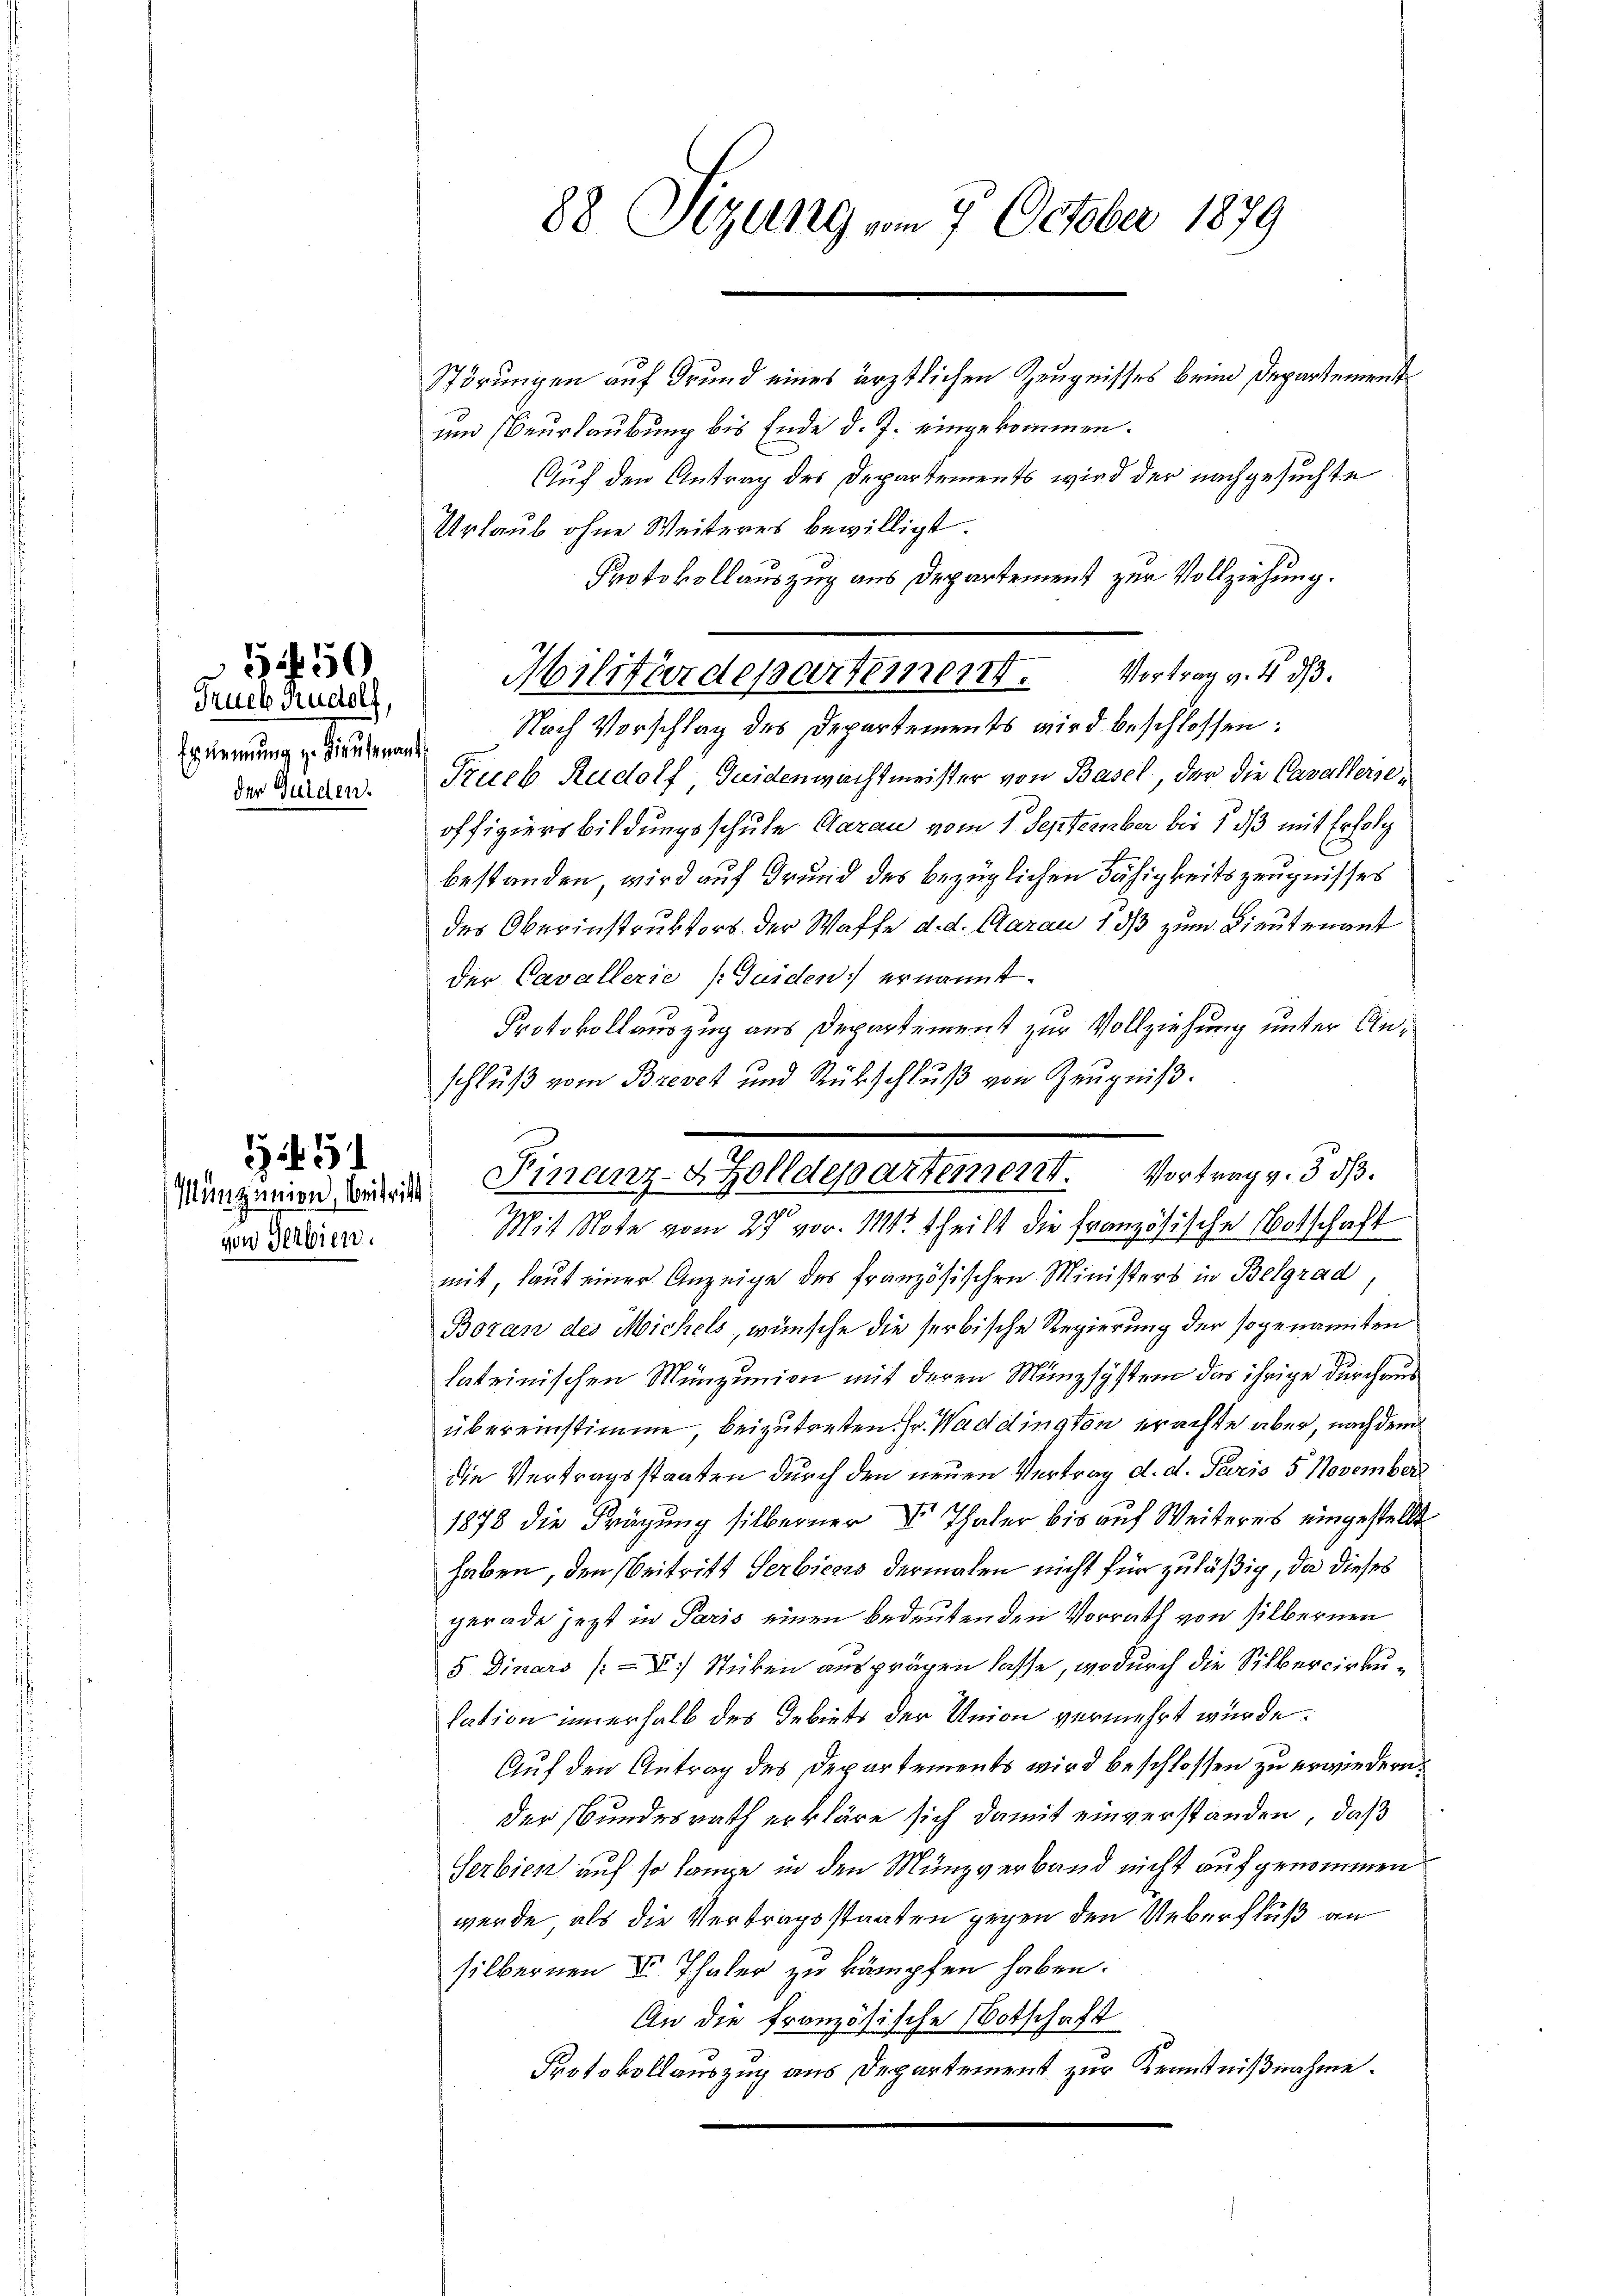
Trueb Rudolf,
Ernennung zu Lieutenant
der Gulden.

5150

von Serbien.

3451

Störungen auf Grund eines ärztlichen Zeugnisses beim Departemenst
und Beurlaubung bis Ende d. J. eingekommen.
Auf den Antrag des Departements wird der nachgesuchte
Urlaub ohne Weiteres bewilligt.
Protokollauszug aus Departement zur Vollziehung.
Nach Vorschlag des Departements wird beschlossen:
Trueb Rudolf Guidenmachtmeister von Basel, der die Cavallerseoffiziers bildungsschule Carau vom 1. September bis 1, daß mit Erfolg
bestanden, wird auf Grund des bezüglichen Fähigkeitszeugnisses
des Oberinstruktors der Waffe d. d. Aarau 13/3 zum Lieutenant
der Cavallerie (Juiden ernannt.
Protokollauszug aus Departement zur Vollziehung unter Anmit, laut einer Anzeige des französischen Ministers in Belgrad,
Boran des Michels, wünsche die serbische Regierung der sogenannten
lateinischen Münzunion mit deren Münzsystem das ihrige durchaus
übereinstimme, beizutretten. Fr. Waddington erachte aber, nach dem
die Vertragsstaaten durch den neuen Vertrag d. d. Paris 5 November
1878 die Frägung silberner Vor Thaler bis auf Weiteres eingestellt
haben, den Beitritt Serbiens dermalen nicht für zuläßig, da dieses
gerade jetzt in Paris einen bedeutenden Vorrath von silbernen
5 Dinars (II) Stücken ausprägen lasse, wodurch die Silberwirkulation innerhalb des Gebiets der Union vermehrt wurde.
Auf den Antrag des Departements wird beschlossen zu erwiedern.
der Bundesrath erkläre sich damit einverstanden, daß
Serbien auf so lange in den Münzverband nicht aufgenommen
werde, als die Vertragsstaaten gegen den Ueberfluß an
silbernen II. Thaler zu kämpfen haben.
An die französische Botschaft
Protokollauszug aus Departement zur Kenntnißnahme.

88 Sizung vom 7. October 1879

Militärdepartement. Vortrag v. 4. d.

schluß vom Brevet und Rückschluß von Zeugniß.
Mingenien die Finanz-Zolldepartement. Vortrag v. 3. dß.
100
Mit Note vom 25 vor. 111. theilt die französische Botschaft